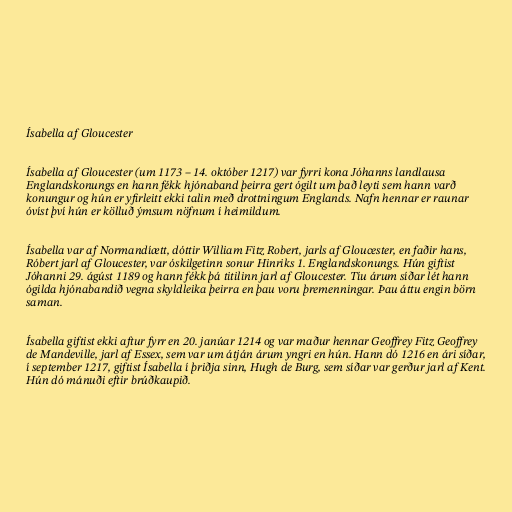
Ísabella af Gloucester

Ísabella af Gloucester (um 1173 – 14. október 1217) var fyrri kona Jóhanns landlausa
Englandskonungs en hann fékk hjónaband þeirra gert ógilt um það leyti sem hann varð
konungur og hún er yfirleitt ekki talin með drottningum Englands. Nafn hennar er raunar
óvíst því hún er kölluð ýmsum nöfnum í heimildum.

Ísabella var af Normandíætt, dóttir William Fitz Robert, jarls af Gloucester, en faðir hans,
Róbert jarl af Gloucester, var óskilgetinn sonur Hinriks 1. Englandskonungs. Hún giftist
Jóhanni 29. ágúst 1189 og hann fékk þá titilinn jarl af Gloucester. Tíu árum síðar lét hann
ógilda hjónabandið vegna skyldleika þeirra en þau voru þremenningar. Þau áttu engin börn
saman.

Ísabella giftist ekki aftur fyrr en 20. janúar 1214 og var maður hennar Geoffrey Fitz Geoffrey
de Mandeville, jarl af Essex, sem var um átján árum yngri en hún. Hann dó 1216 en ári síðar,
í september 1217, giftist Ísabella í þriðja sinn, Hugh de Burg, sem síðar var gerður jarl af Kent.
Hún dó mánuði eftir brúðkaupið.